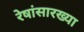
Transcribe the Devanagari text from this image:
रेषांसारख्या